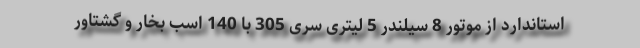
استاندارد از موتور 8 سیلندر 5 لیتری سری 305 با 140 اسب بخار و گشتاور